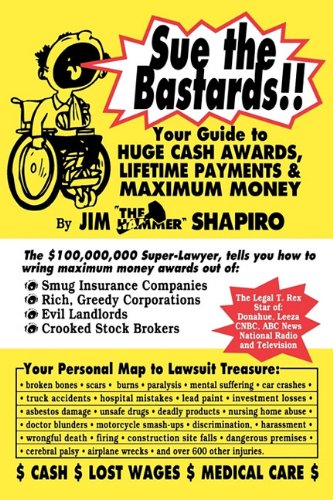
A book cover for Sue the Bastards!! Your Guide to Huge Cash; James Shapiro; Law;